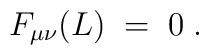
F_{\mu\nu}(L) \;=\; 0\;.